Indian journal of veterinary science and animal husbandry - Volume 1,
Year: 1931
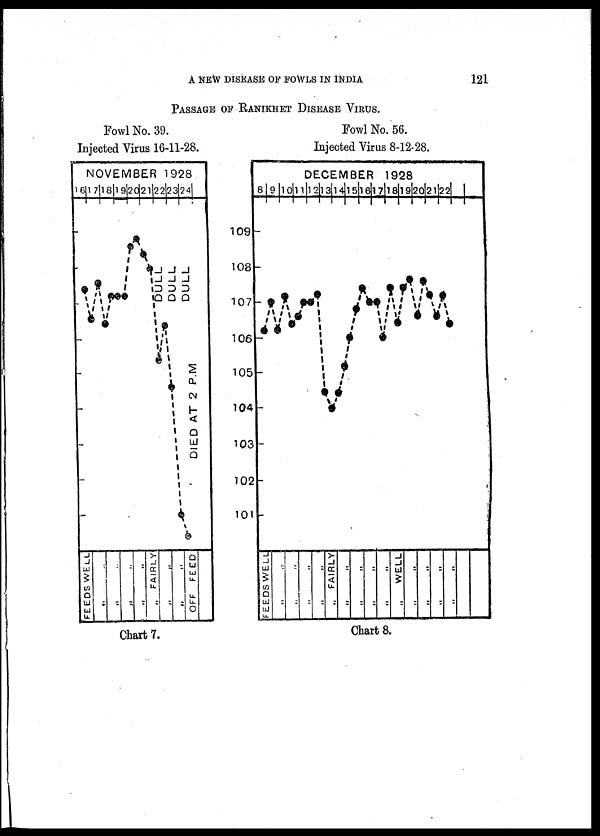
A NEW DISEASE OF FOWLS IN INDIA
121
PASSAGE OF RANIKHET DISEASE VIRUS.
Fowl No. 39.
Injected Virus 16-11-28.
Fowl No. 56.
Injected Virus 8-12-28.